Indian journal of veterinary science and animal husbandry - Volume 5,
Year: 1935
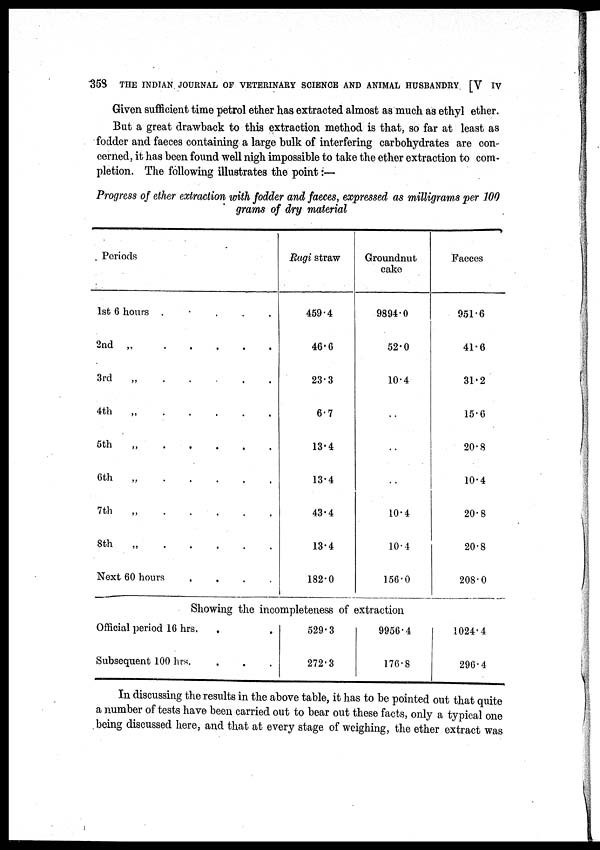
358
THE INDIAN JOURNAL OF VETERINARY SCIENCE AND ANIMAL HUSBANDRY [V IV
Given sufficient time petrol ether has extracted almost as much as ethyl ether.
But a great drawback to this extraction method is that, so far at least as
fodder and faeces containing a large bulk of interfering carbohydrates are con-
cerned, it has been found well nigh impossible to take the ether extraction to com-
pletion. The following illustrates the point :—
Progress of ether extraction with fodder and faeces, expressed as milligrams per 100
grams of dry material
Periods
1st 6 hours . . . . .
2nd
„
.
.
.
.
.
3rd
„
.
.
.
.
.
4th
„
.
.
.
.
.
5th
„
.
.
.
.
.
6th
„
.
.
.
.
.
7th
„
.
.
.
.
.
8th
„
.
.
.
.
.
Next 60 hours
.
.
.
.
Ragi straw
459.4
46.6
23.3
6.7
13.4
13.4
43.4
13.4
182.0
Groundnut
cake
9894.0
52.0
10.4
. .
. .
. .
10.4
10.4
156.0
Faeces
951.6
41.6
31.2
15.6
20.8
10.4
20.8
20.8
208.0
Showing the incompleteness of extraction
Official period 16 hrs. . .
Subsequent 100 hrs. . .
529.3
272.3
9956.4
176.8
1024.4
296.4
In discussing the results in the above table, it has to be pointed out that quite
a number of tests have been carried out to bear out these facts, only a typical one
being discussed here, and that at every stage of weighing, the ether extract was